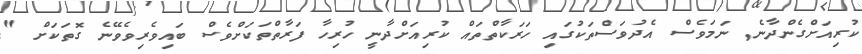
ކުރިއަށްގެންދާނެ